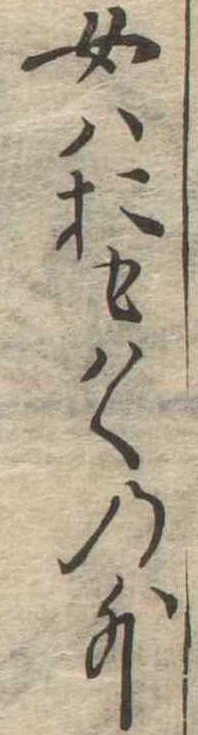
女はおもはくの外